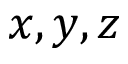
x , y , z